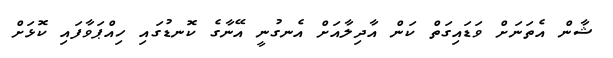
ޝާން އެތަނަށް ވަޑައިގަތް ކަން އާދިލާއަށް އެނގުނީ އޭނާގެ ކޮނޑުގައި ހިއްޕަވާފައި ކޮޅަށް